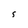
Character: S